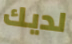
لديك